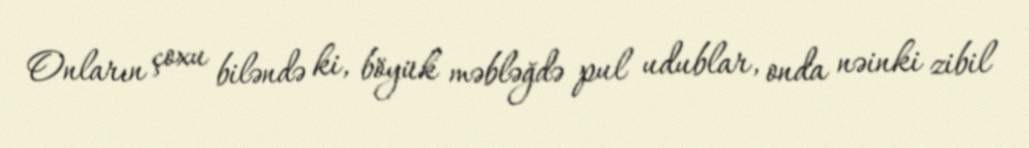
Onların çoxu biləndə ki, böyük məbləğdə pul udublar, onda nəinki zibil